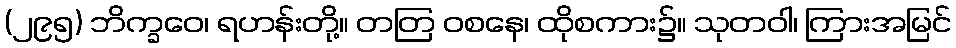
(၂၉၅) ဘိက္ခဝေ၊ ရဟန်းတို့။ တတြ ဝစနေ၊ ထိုစကား၌။ သုတဝါ၊ ကြားအမြင်